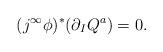
LaTeX: \begin{align*}(j^{\infty}\phi)^\ast (\partial_I Q^a)=0 .\end{align*}